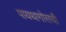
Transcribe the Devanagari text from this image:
पायथागोसची